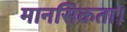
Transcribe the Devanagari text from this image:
मानसिकता।